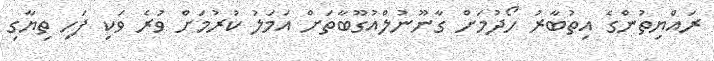
ރައްޔިތުންގެ އިތުބާރު ހޯދުމަށް ގާނޫނުލްއުގޫބާތަށް އަމަލު ކުރުމަށް ވުރެ ވަކި ފަހި ތިޔާގި